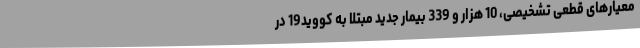
معیارهای قطعی تشخیصی، 10 هزار و 339 بیمار جدید مبتلا به کووید19 در